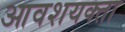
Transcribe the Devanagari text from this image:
आवशयक्ता